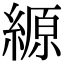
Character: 縓